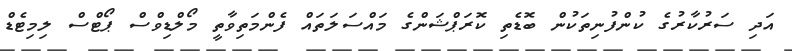
އަދި ސަރުކާރުގެ ކުންފުނިތަކުން ބޮޑެތި ކޮރަޕްޝަންގެ މައްސަލަތައް ފެންމަތިވާތީ މޯލްޑިވްސް ޕޯޓްސް ލިމިޓެޑް